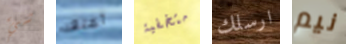
شيء أعتقد متخفية ارسلك نيم